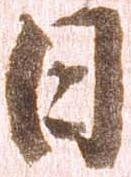
日